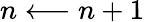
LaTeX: n\longleftarrow n+1